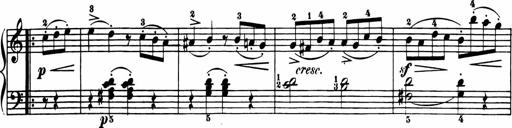
Title: 11 Sonatinas for Piano Solo
Composer: Anton Diabelli